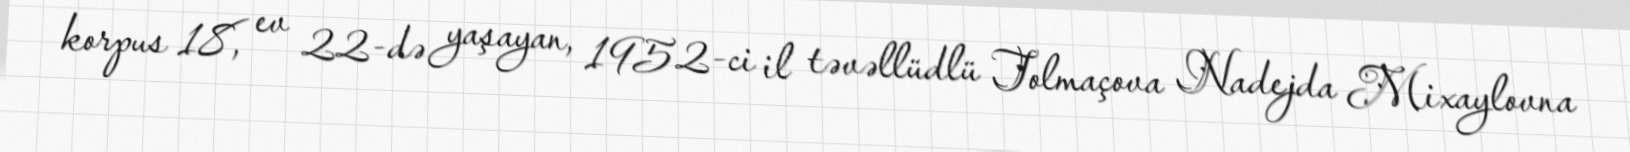
korpus 18, ev 22-də yaşayan, 1952-ci il təvəllüdlü Tolmaçova Nadejda Mixaylovna